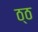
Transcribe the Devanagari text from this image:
ठ्ठ